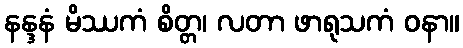
နန္ဒနံ မိဿကံ စိတ္တ၊ လတာ ဖာရုသကံ ဝနာ။